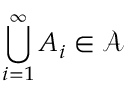
\bigcup _ { i = 1 } ^ { \infty } A _ { i } \in { \mathcal { A } }